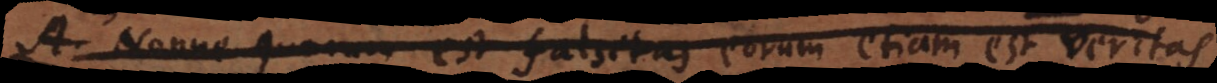
A. Nonne quorum est falsitas eorum etiam est veritas.